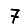
Digit: 7